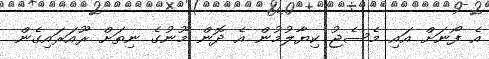
އެ ފޯނަށް އައި މެސެޖު ކިޔާލުމުން އެ ދޮން މޫނުގެ ނިތަށް ރޫއަރައިގެން